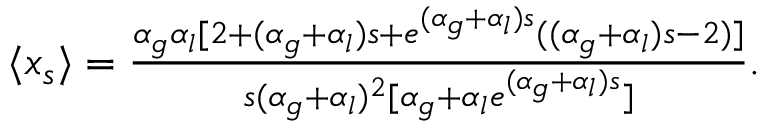
\begin{array} { r } { \langle x _ { s } \rangle = \frac { \alpha _ { g } \alpha _ { l } [ 2 + ( \alpha _ { g } + \alpha _ { l } ) s + e ^ { ( \alpha _ { g } + \alpha _ { l } ) s } ( ( \alpha _ { g } + \alpha _ { l } ) s - 2 ) ] } { s ( \alpha _ { g } + \alpha _ { l } ) ^ { 2 } [ \alpha _ { g } + \alpha _ { l } e ^ { ( \alpha _ { g } + \alpha _ { l } ) s } ] } . } \end{array}